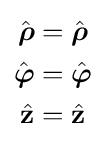
{\begin{aligned}{\hat {\boldsymbol {\rho }}}&={\hat {\boldsymbol {\rho }}}\\{\hat {\boldsymbol {\varphi }}}&={\hat {\boldsymbol {\varphi }}}\\{\hat {\mathbf {z} }}&={\hat {\mathbf {z} }}\\\end{aligned}}